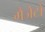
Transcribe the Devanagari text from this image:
गैजेटों